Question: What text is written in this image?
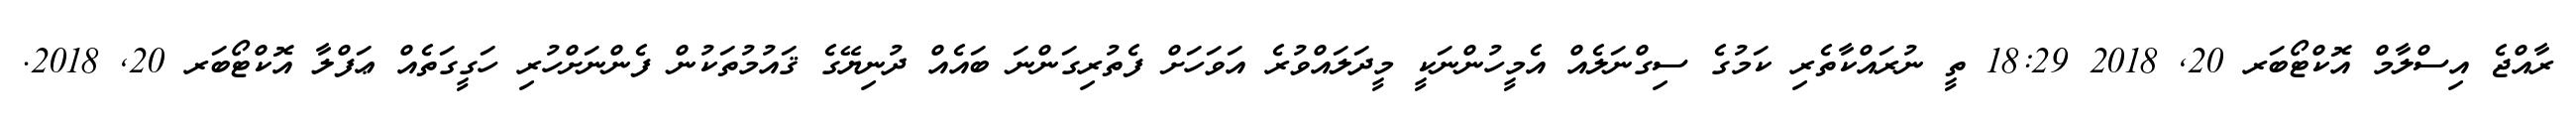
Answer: ރާއްޖެ އިސްލާމް އޮކްޓޯބަރ 20, 2018 18:29 ތީ ނުރައްކާތެރި ކަމުގެ ސިގްނަލެއް އެމީހުންނަކީ މީދަލައްވުރެ އަވަހަށް ފެތުރިގަންނަ ބައެއް ދުނިޔޭގެ ޤައުމުތަކުން ފެންނަށްހުރި ހަގީގަތެއް ޢަފްލާ އޮކްޓޯބަރ 20, 2018.